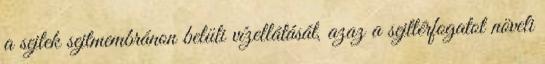
a sejtek sejtmembránon belüli vízellátását, azaz a sejttérfogatot növeli